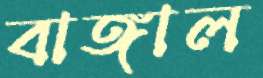
বাঙ্গাল